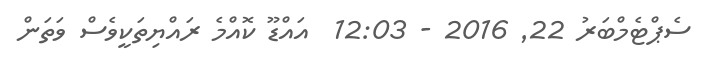
ސެޕްޓެމްބަރު 22